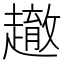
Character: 𲃓